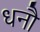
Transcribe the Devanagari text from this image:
धनौ